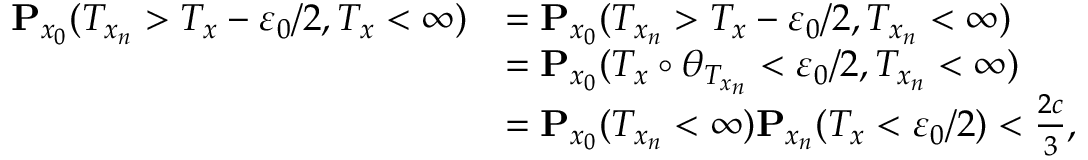
\begin{array} { r l } { \mathbf { P } _ { x _ { 0 } } ( T _ { x _ { n } } > T _ { x } - \varepsilon _ { 0 } / 2 , T _ { x } < \infty ) } & { = \mathbf { P } _ { x _ { 0 } } ( T _ { x _ { n } } > T _ { x } - \varepsilon _ { 0 } / 2 , T _ { x _ { n } } < \infty ) } \\ & { = \mathbf { P } _ { x _ { 0 } } ( T _ { x } \circ \theta _ { T _ { x _ { n } } } < \varepsilon _ { 0 } / 2 , T _ { x _ { n } } < \infty ) } \\ & { = \mathbf { P } _ { x _ { 0 } } ( T _ { x _ { n } } < \infty ) \mathbf { P } _ { x _ { n } } ( T _ { x } < \varepsilon _ { 0 } / 2 ) < \frac { 2 c } { 3 } , } \end{array}